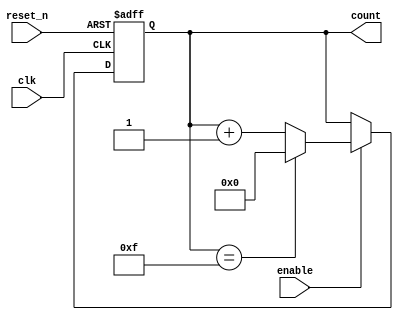
module synchronous_counter (
    input wire clk,
    input wire reset_n,
    input wire enable,
    output reg [3:0] count
);

reg [3:0] next_count;

always @(posedge clk or negedge reset_n) begin
    if (~reset_n) begin
        count <= 4'b0000;
    end else if (enable) begin
        count <= next_count;
    end
end

always @(*) begin
    if (count == 4'b1111) begin
        next_count = 4'b0000;
    end else begin
        next_count = count + 1'b1;
    end
end

endmodule